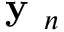
\textbf { y } _ { n }